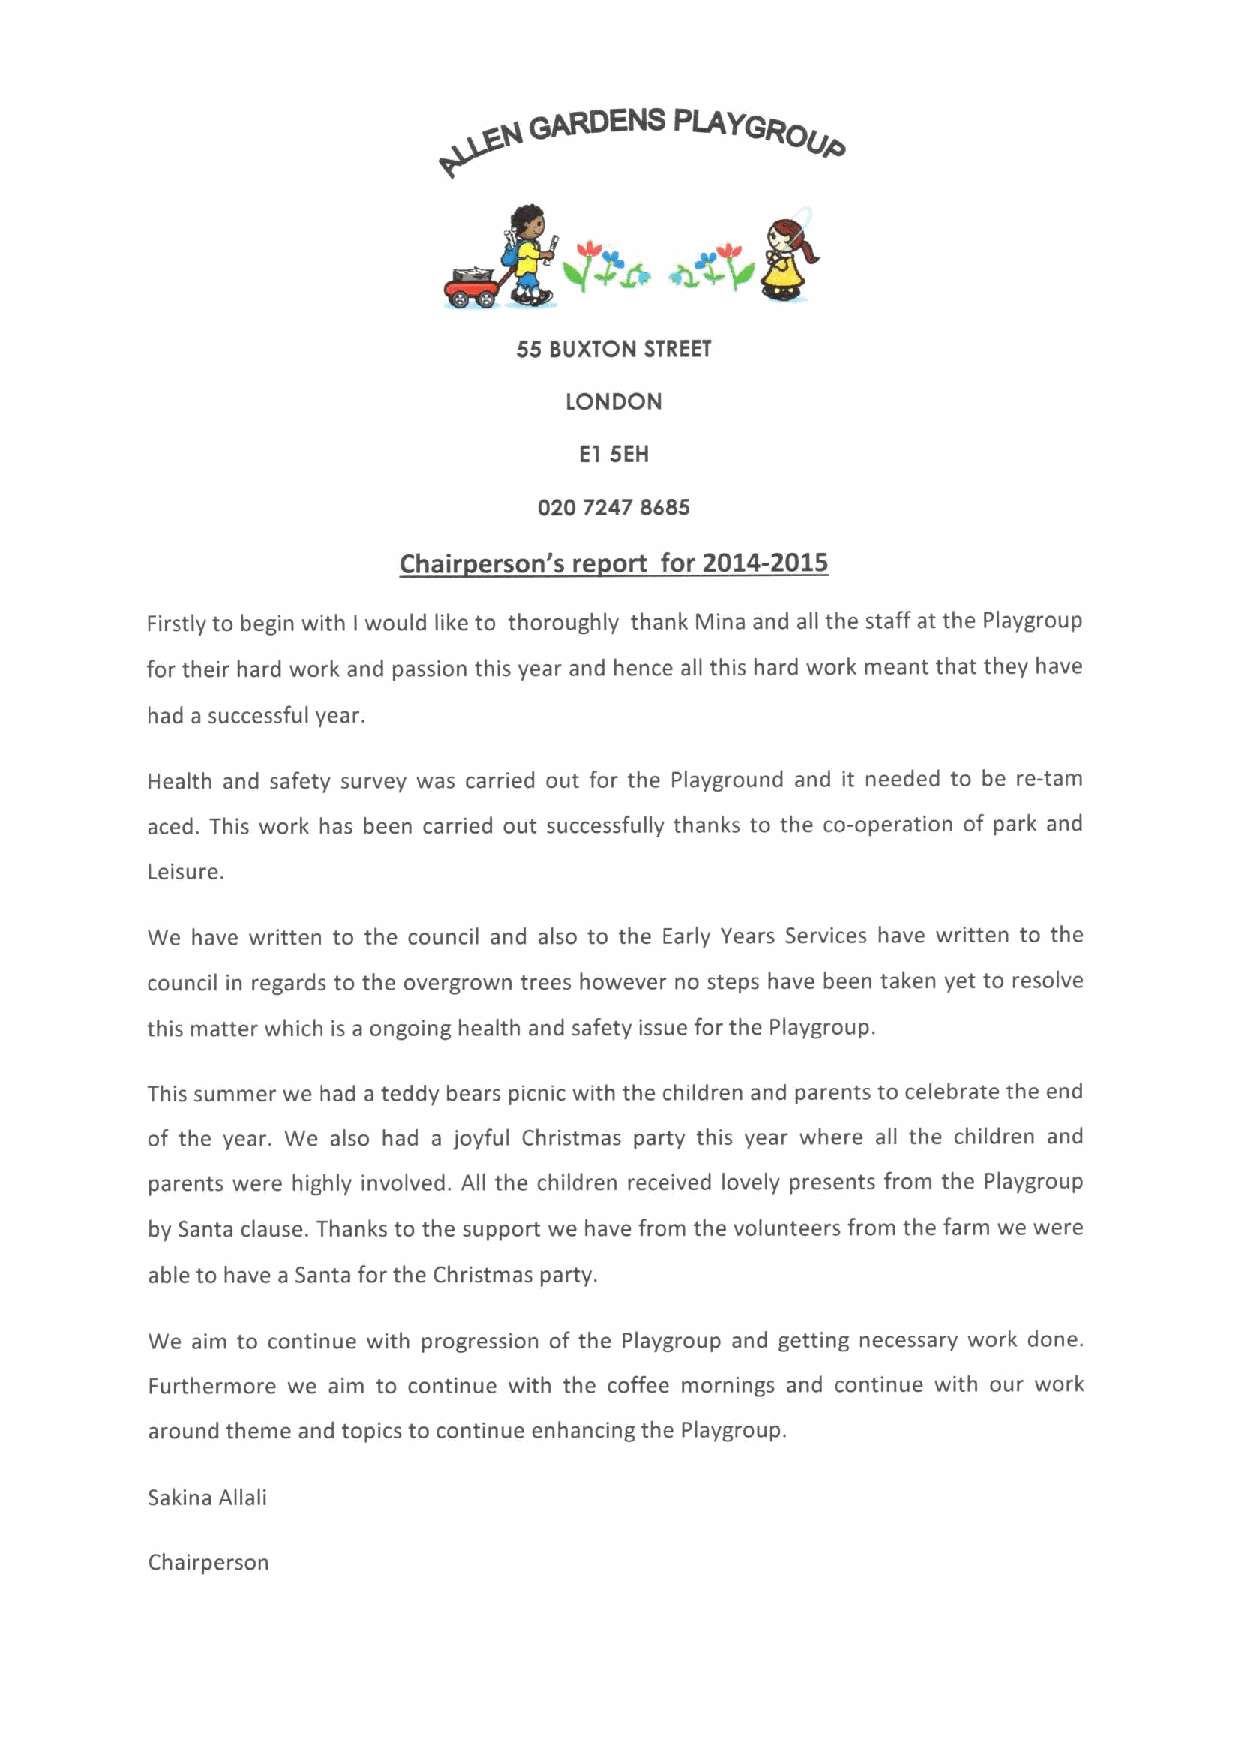
~u    ggclENS   PIAyego
 55 BUXTON STREET
 LONDON
 El 5EH
 020 7247 8685
 Chair erson's re ort for 2014-2015
 Firstly to begin with would like to thoroughly thank Mina and all the staff at the Playgroup
 I
 for their hard work and passion this year and hence all this hard work meant that they have
 had a successful year.
 Health and safety survey was carried out for the Playground and it needed to be re-tarn
 aced. This work has been carried out successfully thanks to the co-operation of park and
 Leisure.
 We have written to the council and also to the Early Years Services have written to the
 council in regards to the overgrown trees however no steps have been taken yet to resolve
 this matter which is a ongoing health and safety issue for the Playgroup.
 This summer we had a teddy bears picnic with the children and parents to celebrate the end
 of the year. We also had a joyful Christmas party this year where all the children and
 parents were highly involved. All the children received lovely presents from the Playgroup
 by Santa clause. Thanks to the support we have from the volunteers from the farm we were
 able to have a Santa for the Christmas party.
 We aim to continue with progression of the Playgroup and getting necessary work done.
 Furthermore we aim to continue with the coffee mornings and continue with our work
 around theme and topics to continue enhancing the Playgroup.
 Sakina Allali
 Chairperson